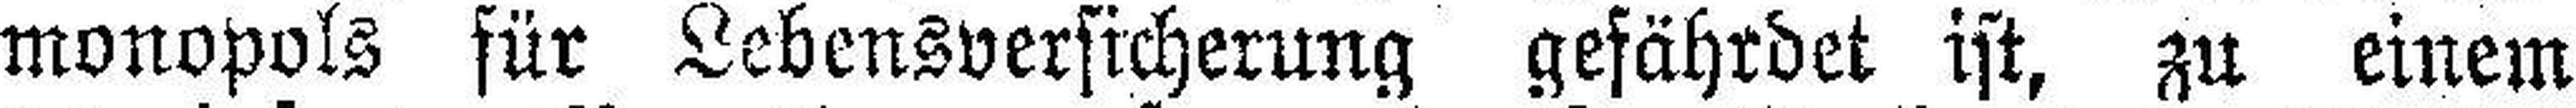
monopols für Lebensversicherung gefährdet ist, zu einem